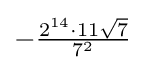
-{\tfrac {2^{14}\cdot 11{\sqrt {7}}}{7^{2}}}